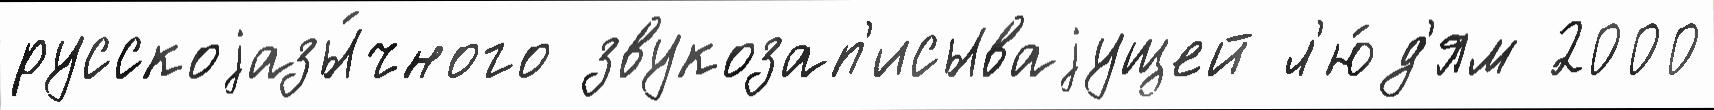
русскоjазы́чного звукозап'исываjущей л'ю́д'ям 2000